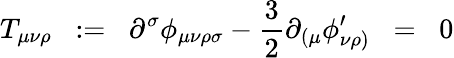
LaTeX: T_{\mu\nu\rho}\; \; :=\; \; \partial^{\sigma}\phi_{\mu\nu\rho\sigma}-\frac{3}{2}\partial_{(\mu}\phi_{\nu\rho)}^{\prime}\; \; =\; \; 0